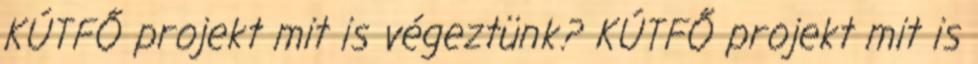
KÚTFŐ projekt mit is végeztünk? KÚTFŐ projekt mit is